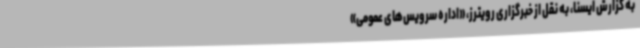
به گزارش ایسنا، به نقل از خبرگزاری رویترز، «اداره سرویس‌های عمومی»